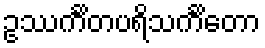
ဥဿင်္ကိတပရိသင်္ကိတော